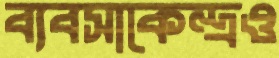
ব্যবসাকেন্দ্রও